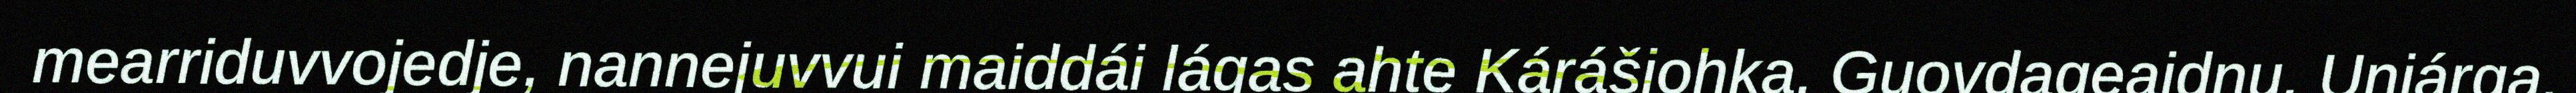
mearriduvvojedje, nannejuvvui maiddái lágas ahte Kárášjohka, Guovdageaidnu, Unjárga,